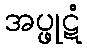
အပ္ဖုဋံ